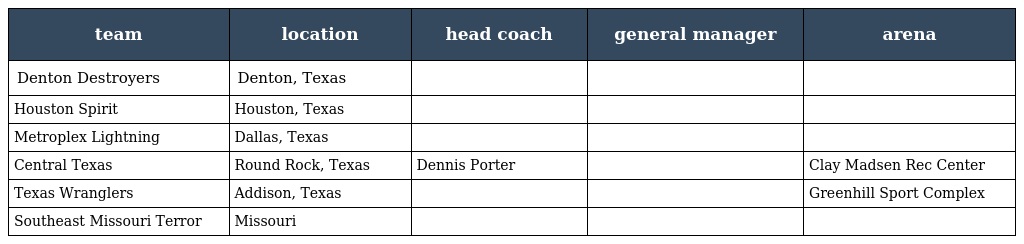
| team | location | head coach | general manager | arena |
 | --- | --- | --- | --- | --- |
 | Denton Destroyers | Denton, Texas |  |  |  |
 | Houston Spirit | Houston, Texas |  |  |  |
 | Metroplex Lightning | Dallas, Texas |  |  |  |
 | Central Texas | Round Rock, Texas | Dennis Porter |  | Clay Madsen Rec Center |
 | Texas Wranglers | Addison, Texas |  |  | Greenhill Sport Complex |
 | Southeast Missouri Terror | Missouri |  |  |  |